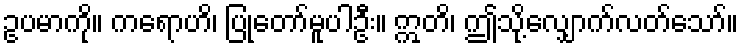
ဥပမာကို။ ကရောဟိ၊ ပြုတော်မူပါဦး။ ဣတိ၊ ဤသို့လျှောက်လတ်သော်။